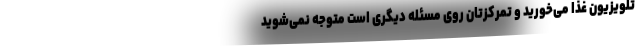
تلویزیون غذا می‌خورید و تمرکزتان روی مسئله دیگری است متوجه نمی‌شوید